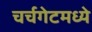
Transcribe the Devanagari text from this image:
चर्चगेटमध्ये